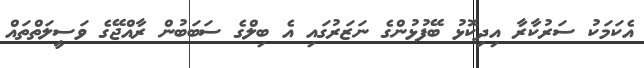
އެކަމަކު ސަރުކާރާ އިދިކޮޅު ބޭފުޅުންގެ ނަޒަރުގައި އެ ބިލްގެ ސަބަބުން ރާއްޖޭގެ ވަސީލަތްތައް